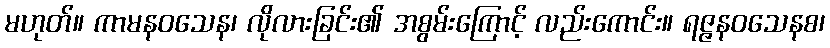
မဟုတ်။ ကာမနဝသေန၊ လိုလားခြင်း၏ အစွမ်းကြောင့် လည်းကောင်း။ ရဇ္ဇနဝသေနစ၊